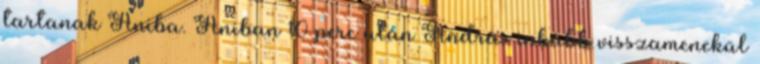
tartanak Aniba. Aniban 10 perc után András inkább visszamenekül